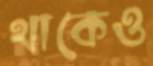
থাকেও